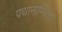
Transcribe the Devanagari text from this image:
पथानाम्थित्ता